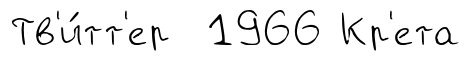
Тв'и́тт'ер 1966 Кр'ета